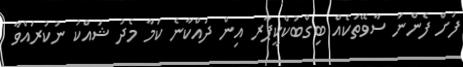
ފުށް ފެންނަ ސާވޭތަކެއް ބިގްބުކްކީޕާރ އިން ދައްކާނެ ކަމާ މެދު ޝައްކު ނުކުރައްވާ